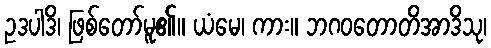
ဥဒပါဒိ၊ ဖြစ်တော်မူ၏။ ယံမေ၊ ကား။ ဘဂဝတောတိအာဒိသု၊